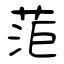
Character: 菃